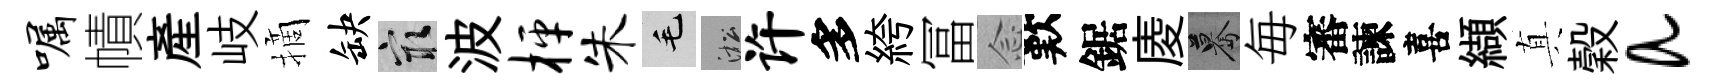
嘱幘産岐摘缺冣波枰朱毛淞许多絝冨𫝹歎鋸庱驀毎審諫喜纈真穀a